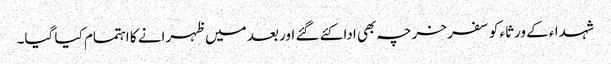
شہدا ء کے ورثاء کو سفر خرچہ بھی ادا کئے گئے اور بعد میں ظہرانے کا اہتمام کیا گیا۔